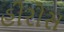
હીરોસ